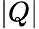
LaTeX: |Q|